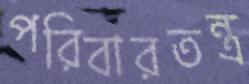
পরিবারতন্ত্র